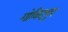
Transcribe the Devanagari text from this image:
गोविदपुर